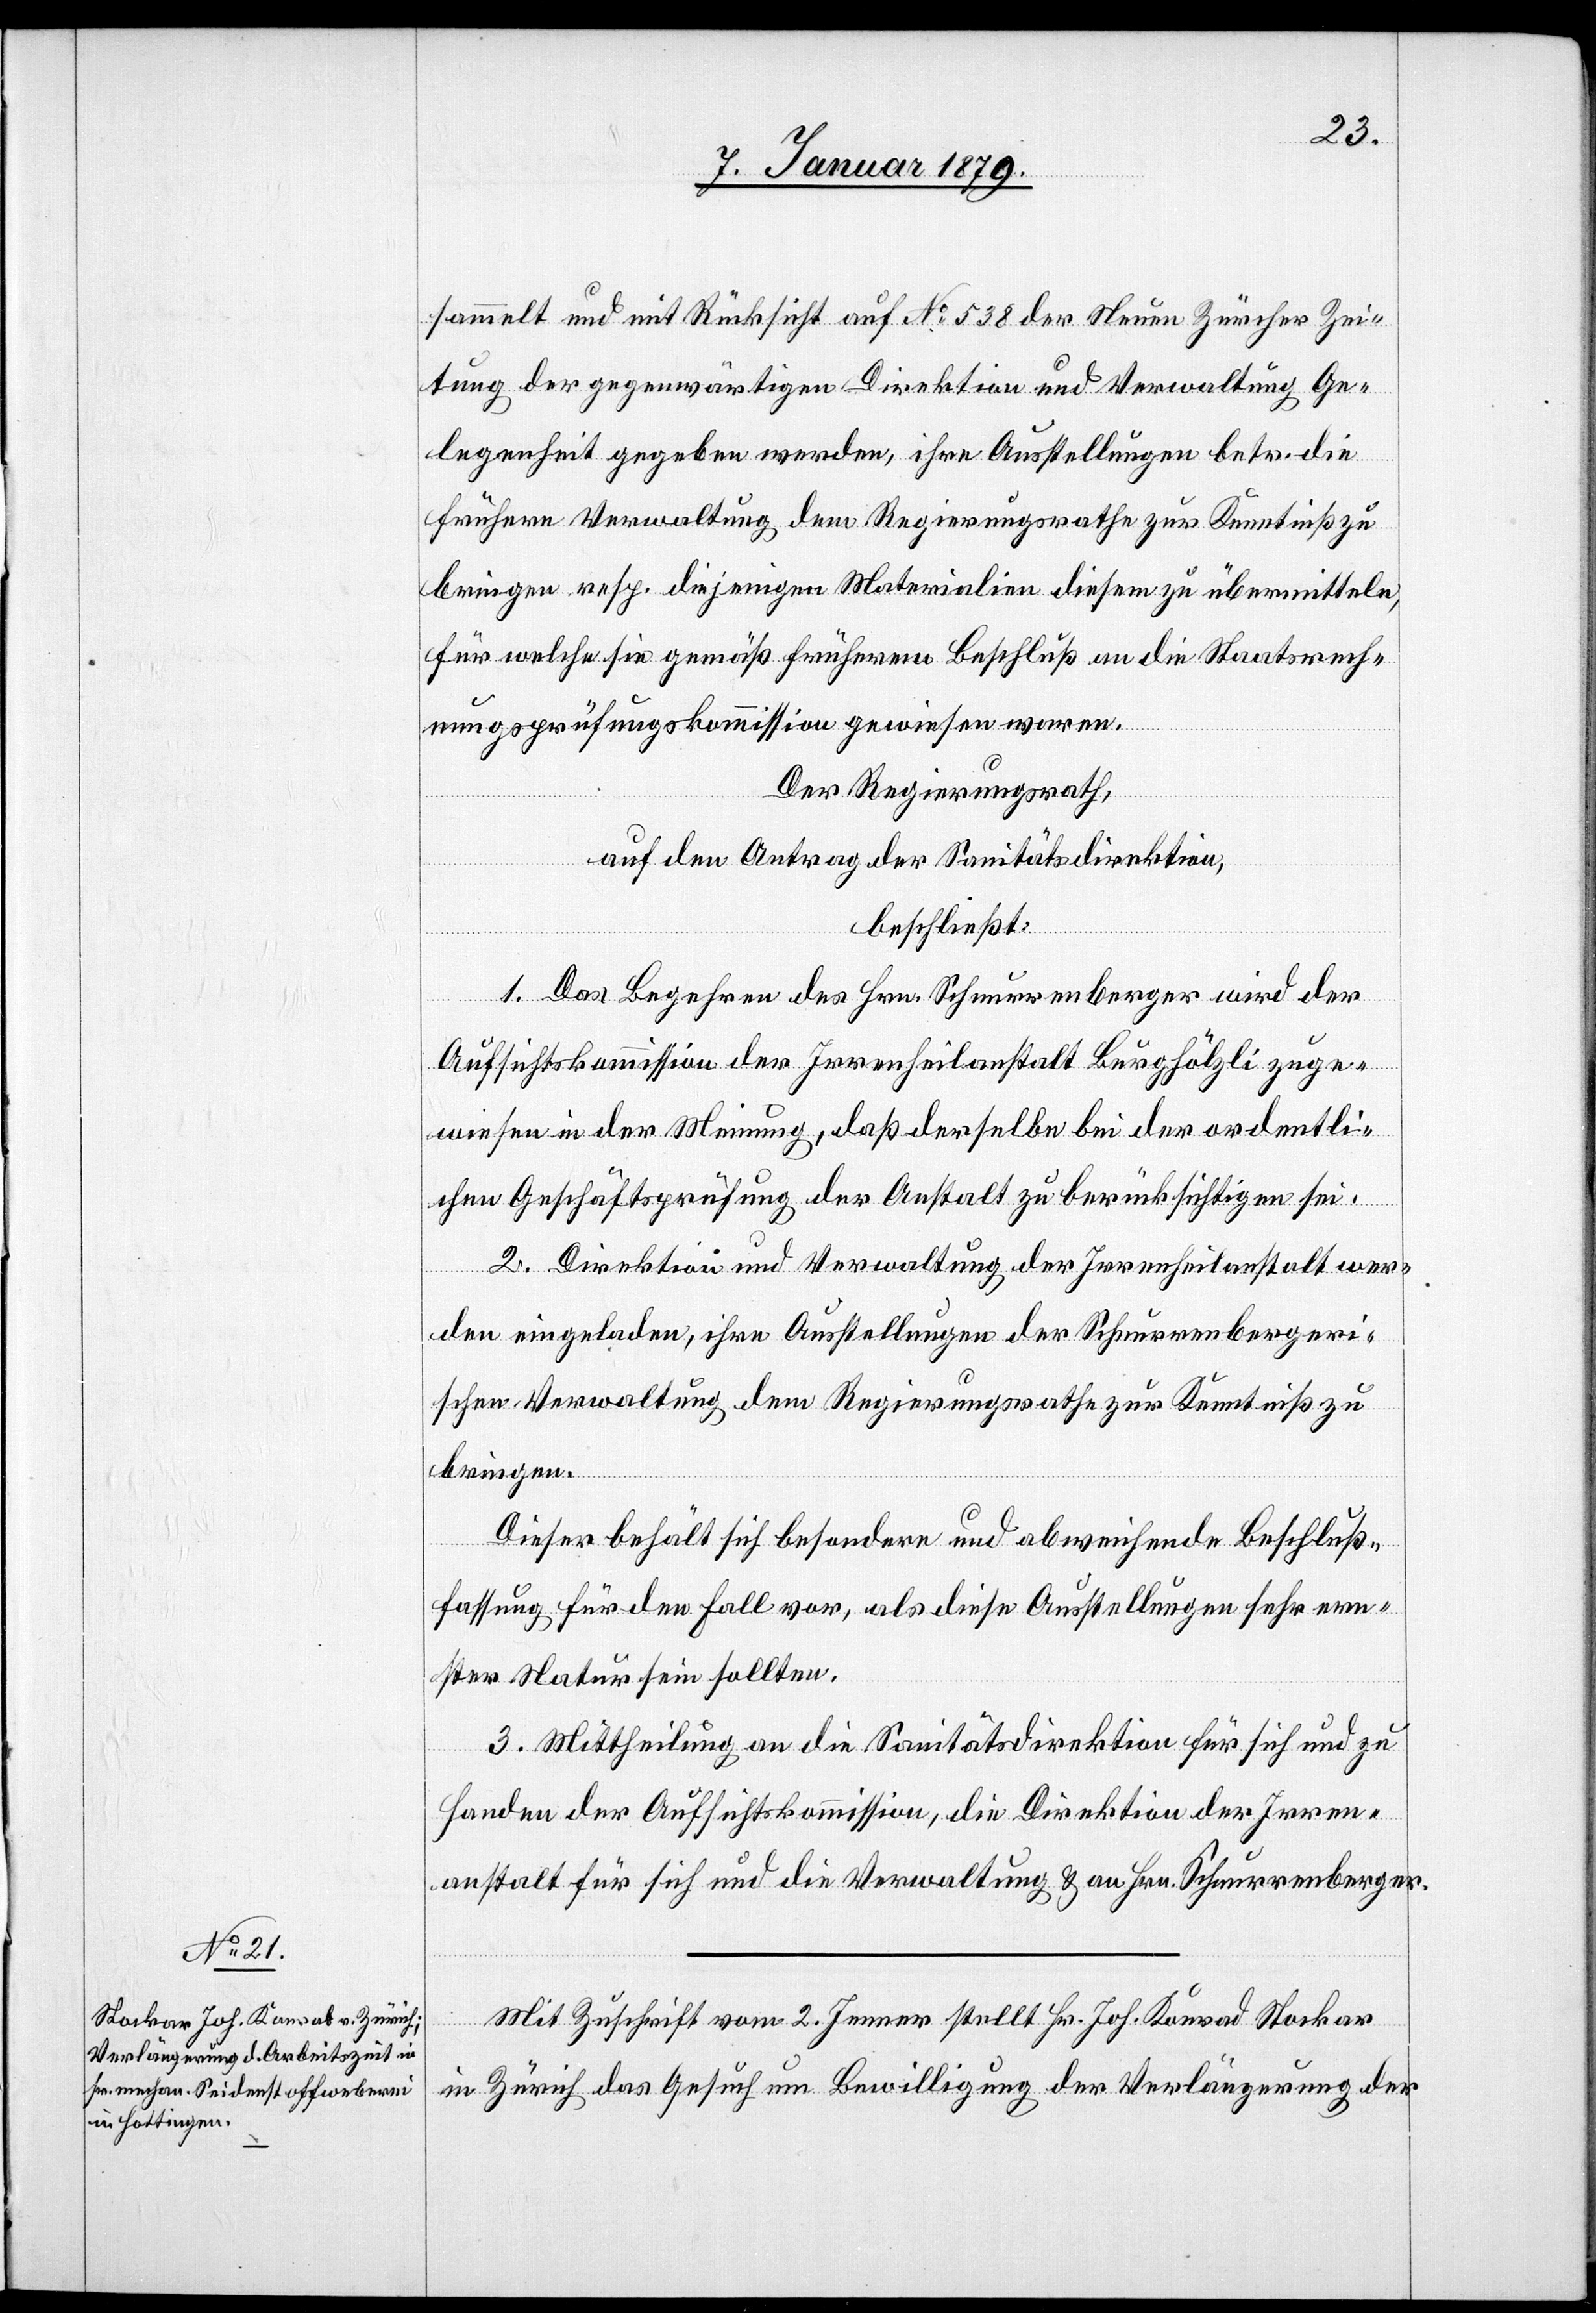
sammelt und mit Rücksicht auf No 538 der Neuen Zürcher Zei¬
tung der gegenwärtigen Direktion und Verwaltung Ge¬
legenheit gegeben werden, ihre Ausstellungen betr. die
frühere Verwaltung dem Regierungsrathe zur Kenntniß zu
bringen resp. diejenigen Materialien diesem zu übermitteln,
für welche sie gemäß früherem Beschluß an die Staatsrech¬
nungsprüfungskommission gewiesen waren.
Der Regierungsrath,
auf den Antrag der Sanitätsdirektion,
beschließt:
1. Das Begehren des Hrn. Schnurrenberger wird der
Aufsichtskommission der Irrenheilanstalt Burghölzli zuge¬
wiesen in der Meinung, daß derselbe [sic!] bei der ordentli¬
chen Geschäftsprüfung der Anstalt zu berücksichtigen sei.
2. Direktion und Verwaltung der Irrenheilanstalt wer¬
den eingeladen, ihre Ausstellungen der Schnurrenbergeri¬
schen Verwaltung dem Regierungsrathe zur Kenntniß zu
bringen.
Dieser behält sich besondere und abweichende Beschluß¬
fassung für den Fall vor, als diese Ausstellungen sehr ern¬
ster Natur sein sollten.
3. Mittheilung an die Sanitätsdirektion für sich und zu
Handen der Aufsichtskommission, die Direktion der Irren¬
anstalt für sich und die Verwaltung & an Hrn. Schnurrenberger.
Mit Zuschrift vom 2. Jenner stellt Hr. Joh. Konrad Stockar
in Zürich das Gesuch um Bewilligung der Verlängerung der